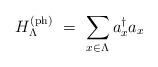
LaTeX: \begin{align*}H_{\Lambda}^{(\mathrm{ph})} \ = \ \sum_{x\in \Lambda} a_{x}^\dagger a_x\end{align*}